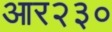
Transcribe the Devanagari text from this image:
आर२३०